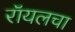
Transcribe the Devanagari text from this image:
रॉयलचा